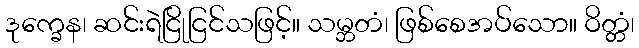
ဒုက္ခေန၊ ဆင်းရဲငြိုငြင်သဖြင့်။ သမ္ဘတံ၊ ဖြစ်စေအပ်သော။ ဝိတ္တံ၊